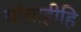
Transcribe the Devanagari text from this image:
यांचाहीहि